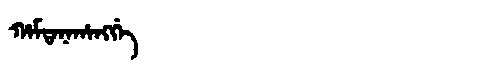
Manchu: ᡥᠠᠮᡨᠠᠨᠠᡥᠠᠩᡤᡝ
Romanization: HAMTANAHANGGE